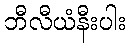
ဘီလီယံနီးပါး